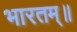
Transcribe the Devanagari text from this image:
भारतम्॥